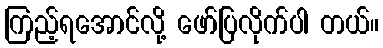
ကြည့်ရအောင်လို့ ဖော်ပြလိုက်ပါ တယ်။